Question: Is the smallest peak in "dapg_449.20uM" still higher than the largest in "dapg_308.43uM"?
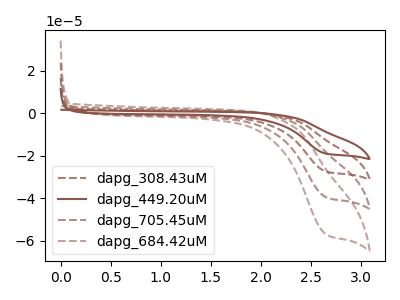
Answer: <think>The brown dashed curve "dapg_308.43uM" has a cathodic peak at: (2.65V, -27.45uA). The brown curve "dapg_449.20uM" has a cathodic peak at: (2.65V, -19.05uA). The brown dashed curve "dapg_705.45uM" has a cathodic peak at: (2.65V, -54.95uA). The brown dashed curve "dapg_684.42uM" has a cathodic peak at: (2.65V, -82.40uA).</think>
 <answer>Every peak in "dapg_449.20uM" is lower than every peak in "dapg_308.43uM".</answer>
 <eval>lower</eval>